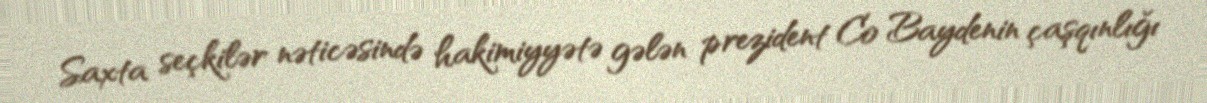
Saxta seçkilər nəticəsində hakimiyyətə gələn prezident Co Baydenin çaşqınlığı